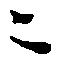
ニ